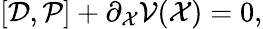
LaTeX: [{\cal D},{\cal P}]+\partial_{\cal X}{\cal V}({\cal X})=0,